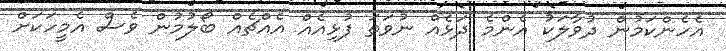
އެހެންކަމުން ދުވާލަކު އެންމެ ދަޅެއް ނުވަތަ ފުޅިއެއް އެއްޗެއް ބޯލުމުން ވެސް އެމީހަކަށް